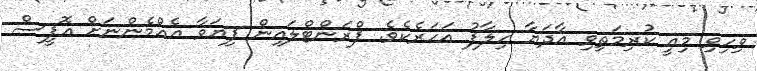
ވިހިވި މިއީ ކުރިމަތިވި އާދަޔާ ހިލާފު އަހަރެކެވެ. ފްރަންޓްލައިން ފިޔަވާ އެއްމެންނަށް އޮފީސް